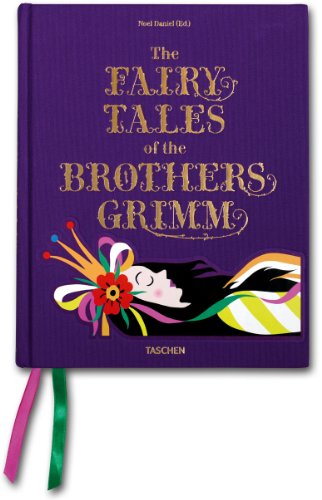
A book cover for The Fairy Tales of the Brothers Grimm; Jacob & Wilhelm Grimm; Politics & Social Sciences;